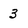
Character: 3